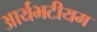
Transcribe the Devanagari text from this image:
आर्यभटीयम